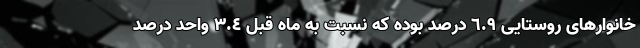
خانوارهای روستایی ٦.٩ درصد بوده که نسبت به ماه قبل ٣.٤ واحد درصد